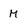
Character: M